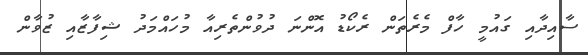
ސާއިދާއި ގައުމީ ހާފް މެރެތަން ރެކޯޑު އޮންނަ ދުވުންތެރިއާ މުހައްމަދު ޝިފާޒާއި ޒުވާން